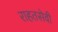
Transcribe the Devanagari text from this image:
राहतसेवी